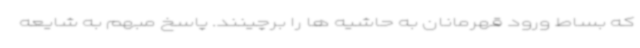
که بساط ورود قهرمانان به حاشیه ها را برچینند. پاسخ مبهم به شایعه